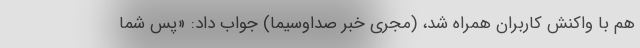
هم با واکنش کاربران همراه شد، (مجری خبر صداوسیما) جواب داد: «پس شما